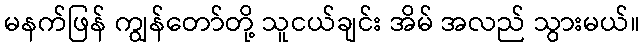
မနက်ဖြန် ကျွန်တော်တို့ သူငယ်ချင်း အိမ် အလည် သွားမယ်။